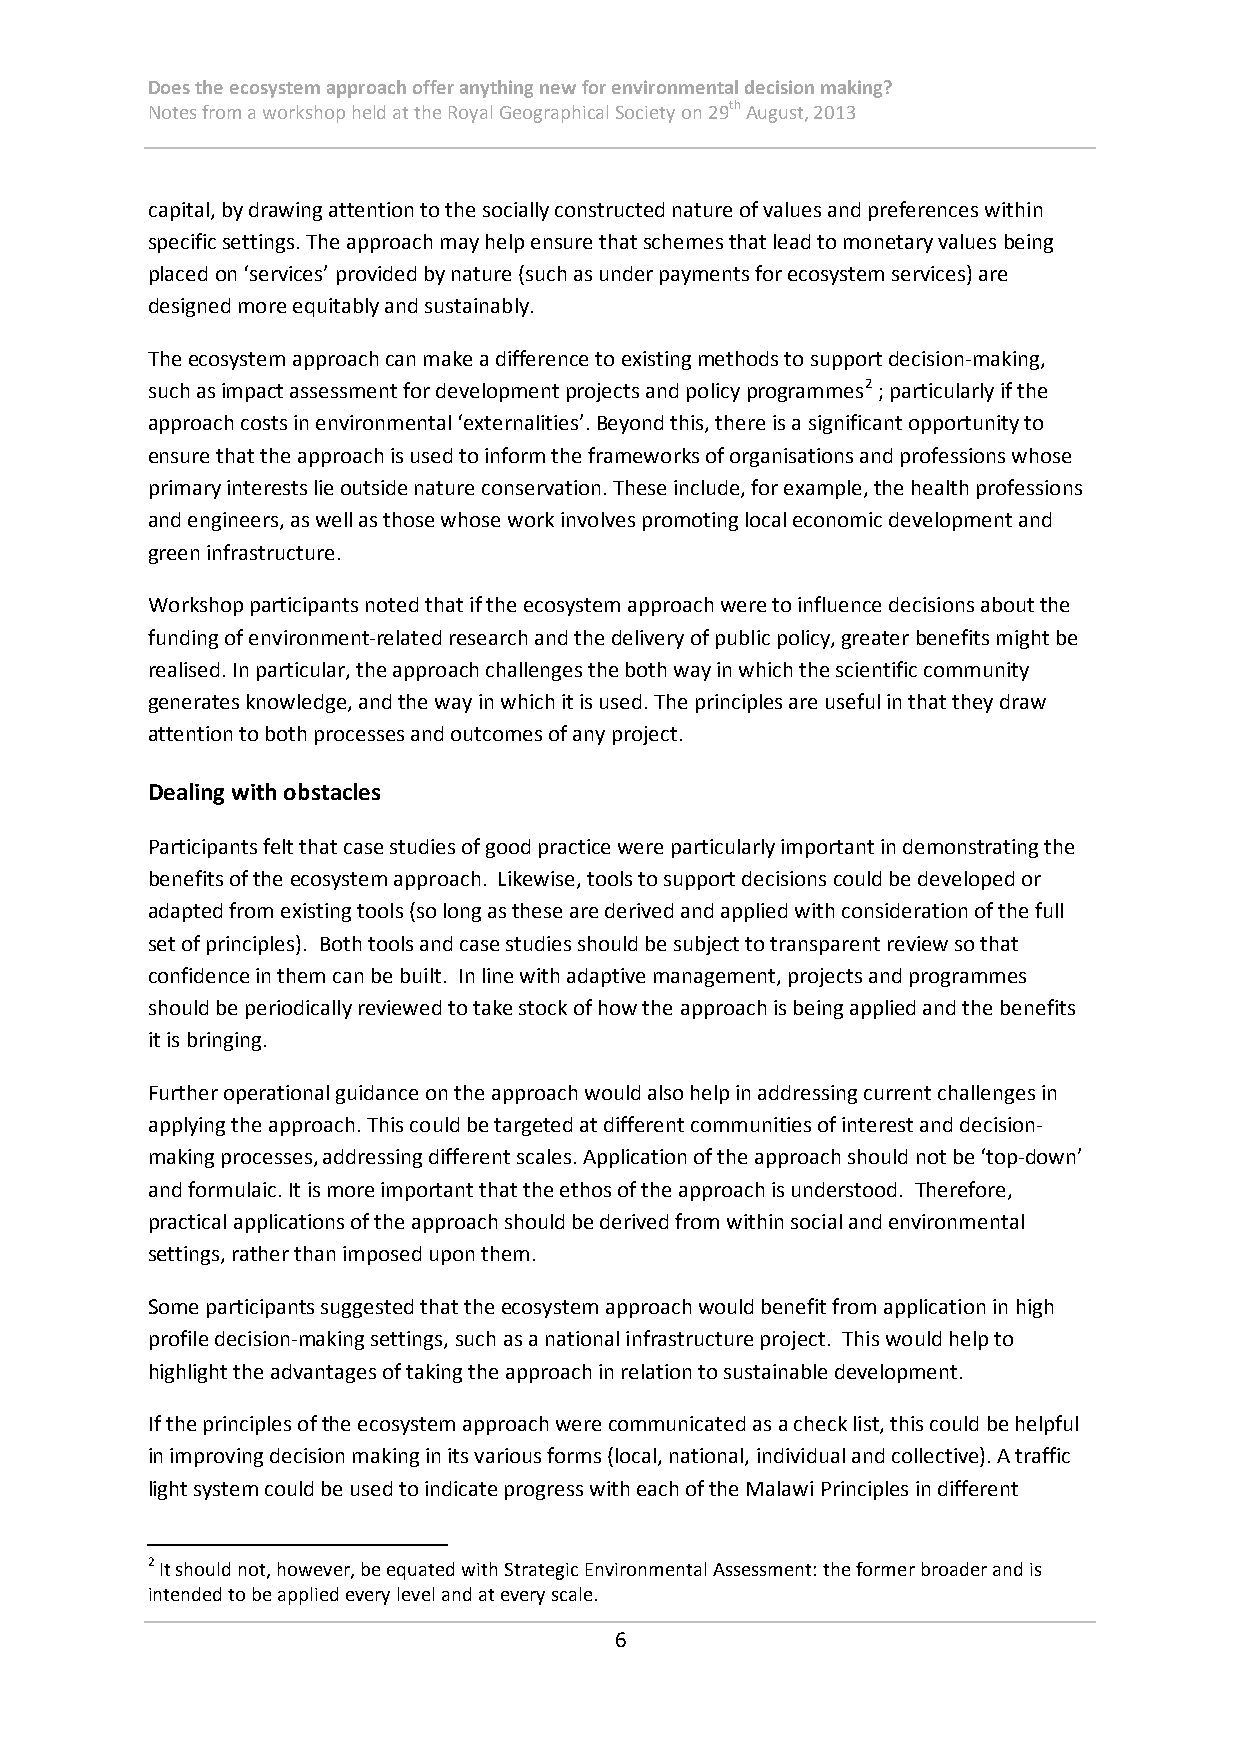
Does the ecosystem approach offer anything new for environmental decision making?
 Notes from a workshop held at the Royal Geographical Society on 29th August, 2013
 capital, by drawing attention to the socially constructed nature of values and preferences within
 specific settings. The approach may help ensure that schemes that lead to monetary values being
 placed on ‘services’ provided by nature (such as under payments for ecosystem services) are
 designed more equitably and sustainably.
 The ecosystem approach can make a difference to existing methods to support decision-making,
 such as impact assessment for development projects and policy programmes2 ; particularly if the
 approach costs in environmental ‘externalities’. Beyond this, there is a significant opportunity to
 ensure that the approach is used to inform the frameworks of organisations and professions whose
 primary interests lie outside nature conservation. These include, for example, the health professions
 and engineers, as well as those whose work involves promoting local economic development and
 green infrastructure.
 Workshop participants noted that if the ecosystem approach were to influence decisions about the
 funding of environment-related research and the delivery of public policy, greater benefits might be
 realised. In particular, the approach challenges the both way in which the scientific community
 generates knowledge, and the way in which it is used. The principles are useful in that they draw
 attention to both processes and outcomes of any project.
 Dealing with obstacles
 Participants felt that case studies of good practice were particularly important in demonstrating the
 benefits of the ecosystem approach. Likewise, tools to support decisions could be developed or
 adapted from existing tools (so long as these are derived and applied with consideration of the full
 set of principles). Both tools and case studies should be subject to transparent review so that
 confidence in them can be built. In line with adaptive management, projects and programmes
 should be periodically reviewed to take stock of how the approach is being applied and the benefits
 it is bringing.
 Further operational guidance on the approach would also help in addressing current challenges in
 applying the approach. This could be targeted at different communities of interest and decision-
 making processes, addressing different scales. Application of the approach should not be ‘top-down’
 and formulaic. It is more important that the ethos of the approach is understood. Therefore,
 practical applications of the approach should be derived from within social and environmental
 settings, rather than imposed upon them.
 Some participants suggested that the ecosystem approach would benefit from application in high
 profile decision-making settings, such as a national infrastructure project. This would help to
 highlight the advantages of taking the approach in relation to sustainable development.
 If the principles of the ecosystem approach were communicated as a check list, this could be helpful
 in improving decision making in its various forms (local, national, individual and collective). A traffic
 light system could be used to indicate progress with each of the Malawi Principles in different
 2 It should not, however, be equated with Strategic Environmental Assessment: the former broader and is
 intended to be applied every level and at every scale.
 6